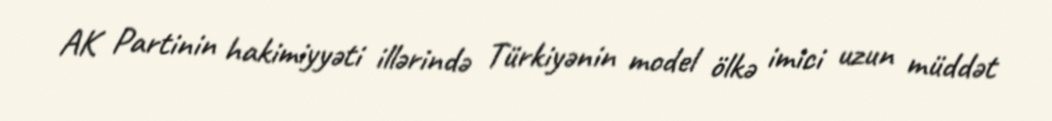
AK Partinin hakimiyyəti illərində Türkiyənin model ölkə imici uzun müddət